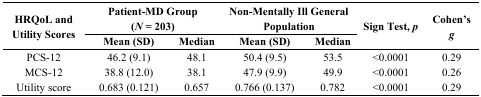
<table><thead><tr><td rowspan="2"><b>HRQoL and Utility Scores</b></td><td colspan="2"><b>Patient-MD Group(<i>N</i> = 203)</b></td><td colspan="2"><b>Non-Mentally Ill General Population</b></td><td rowspan="2"><b>Sign Test, <i>p</i></b></td><td rowspan="2"><b>Cohen’s <i>g</i></b></td></tr><tr><td><b>Mean (SD)</b></td><td><b>Median</b></td><td><b>Mean (SD)</b></td><td><b>Median</b></td></tr></thead><tbody><tr><td>PCS-12</td><td>46.2 (9.1)</td><td>48.1</td><td>50.4 (9.5)</td><td>53.5</td><td>&lt;0.0001</td><td>0.29</td></tr><tr><td>MCS-12</td><td>38.8 (12.0)</td><td>38.1</td><td>47.9 (9.9)</td><td>49.9</td><td>&lt;0.0001</td><td>0.26</td></tr><tr><td>Utility score</td><td>0.683 (0.121)</td><td>0.657</td><td>0.766 (0.137)</td><td>0.782</td><td>&lt;0.0001</td><td>0.29</td></tr></tbody></table>